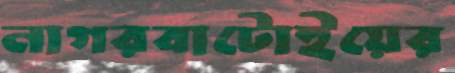
নাগরবাটোইয়ের